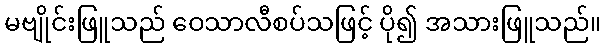
မဗျိုင်းဖြူသည် ဝေသာလီစပ်သဖြင့် ပို၍ အသားဖြူသည်။